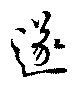
遂